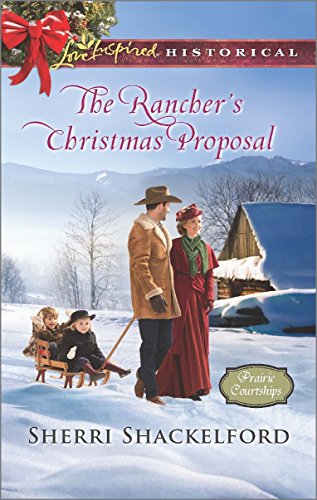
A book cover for The Rancher's Christmas Proposal (Prairie Courtships); Sherri Shackelford; Romance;